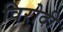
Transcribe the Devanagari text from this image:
विरोदी